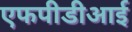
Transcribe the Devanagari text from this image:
एफपीडीआई